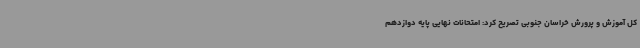
کل آموزش و پرورش خراسان جنوبی تصریح کرد: امتحانات نهایی پایه دوازدهم